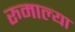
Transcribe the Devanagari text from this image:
रुमाल्या